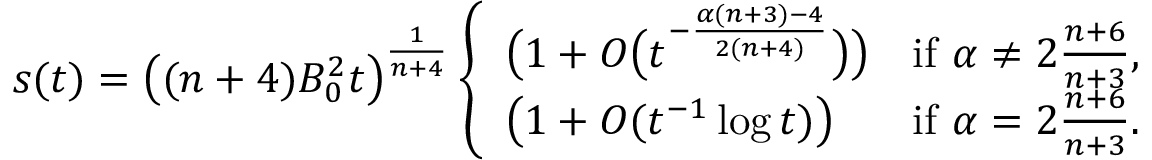
s ( t ) = \big ( ( n + 4 ) B _ { 0 } ^ { 2 } t \big ) ^ { \frac { 1 } { n + 4 } } \left\{ \begin{array} { l l } { \big ( 1 + O \big ( t ^ { - \frac { \alpha ( n + 3 ) - 4 } { 2 ( n + 4 ) } } \big ) \big ) } & { \mathrm { i f ~ } \alpha \ne 2 \frac { n + 6 } { n + 3 } , } \\ { \left( 1 + O ( t ^ { - 1 } \log t ) \right) } & { \mathrm { i f ~ } \alpha = 2 \frac { n + 6 } { n + 3 } . } \end{array} \right.